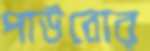
পাউবোর